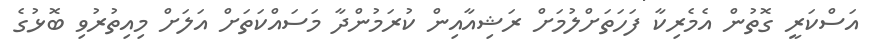
އަސްކަރީ ގޮތުން އެމެރިކާ ފަހަތަށްލުމަށް ރަޝިއާއިން ކުރަމުންދާ މަސައްކަތަށް އަލަަށް މިއިތުރުވި ބޮޅުގެ